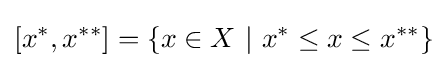
[x^{*},x^{**}]=\{x\in X\ |\ x^{*}\leq x\leq x^{**}\}